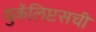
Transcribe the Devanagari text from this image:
युकॅलिप्टसची